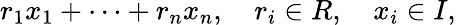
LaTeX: r_{1}x_{1}+\cdots+r_{n}x_{n},\quad r_{i}\in R,\quad x_{i}\in I,